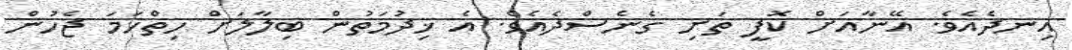
އިނދެއެވެ. އޭނާއަށް ކޮފީ ތަށި ގެނެސްދެއެވެ. އެ ޚިދުމަތުން ބިލާލަށް ހިތްހަމަ ޖެހުން